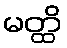
မတ္ထိ